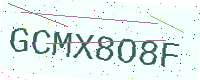
Text: GCMX8O8F